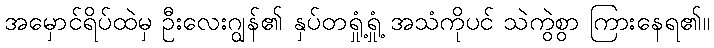
အမှောင်ရိပ်ထဲမှ ဦးလေးဂျွန်၏ နှပ်တရှုံ့ရှုံ့ အသံကိုပင် သဲကွဲစွာ ကြားနေရ၏။